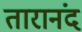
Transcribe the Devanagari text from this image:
तारानंद